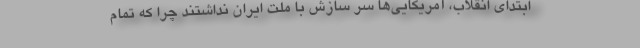
ابتدای انقلاب، آمریکایی‌ها سر سازش با ملت ایران نداشتند چرا که تمام